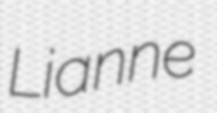
Lianne